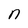
Character: n